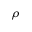
\rho